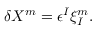
\delta X ^ { m } = \epsilon ^ { I } \xi _ { I } ^ { m } .